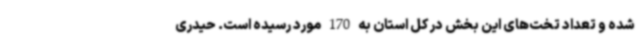
شده و تعداد تخت‌های این بخش در کل استان به 170 مورد رسیده است. حیدری